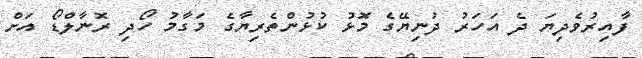
ފާއިރުވެދިޔަ ދެ އަހަރު ދުނިޔޭގެ މޮޅު ކުޅުންތެރިޔާގެ މަގާމު ހޯދި ރޮނާލްޑޯ އަށް